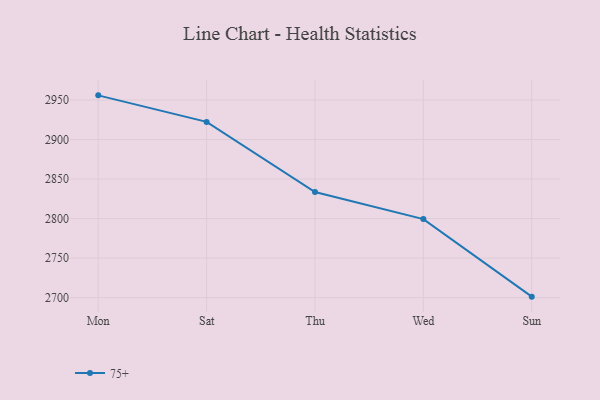
{"axis": {"x": "Day", "y": "Net Income (USD K)"}, "legend": ["75+"], "data": [{"x": "Mon", "y": 2956.0, "type": "75+"}, {"x": "Sat", "y": 2922.4, "type": "75+"}, {"x": "Thu", "y": 2833.6, "type": "75+"}, {"x": "Wed", "y": 2799.4, "type": "75+"}, {"x": "Sun", "y": 2701.2, "type": "75+"}]}